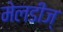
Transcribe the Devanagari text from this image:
मेलडीज्